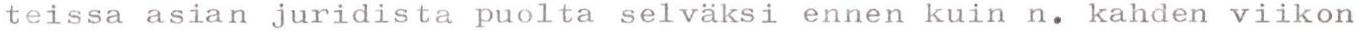
teissa asian juridista puolta selväksi ennen kuin n. kahden viikon